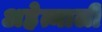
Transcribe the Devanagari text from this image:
अहेत्माली